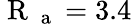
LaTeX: \mathrm{~R~}_{\mathrm{~a~}}=3.4